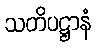
သတိပဋ္ဌာနံ